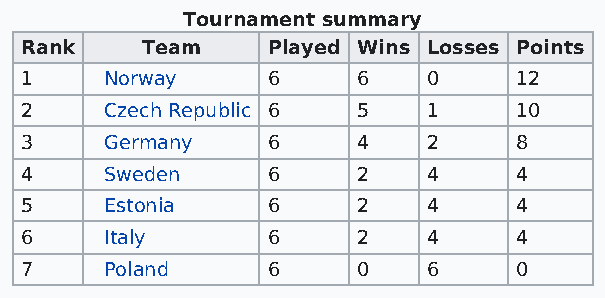
Tournament summary
 Rank    Team     Played Wins Losses Points
 1     Norway     6     6   0     12
 2     Czech Republic 6 5   1     10
 3     Germany    6     4   2     8
 4     Sweden     6     2   4     4
 5     Estonia    6     2   4     4
 6     Italy      6     2   4     4
 7     Poland     6     0   6     0